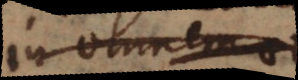
in omnem